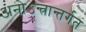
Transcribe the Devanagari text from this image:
अनोऽन्त्रान्तर्गतं